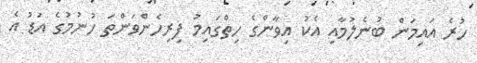
ހުރެ އައިމަން ބުނެލުމާއި އެކު އިވާންގެ ހިތްގައިމު ފިރިހެންވަންތަ ހުނުމުގެ އަޑު އެ